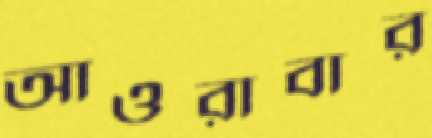
আওরাবার